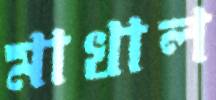
মাখাল